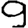
Digit: 9